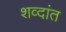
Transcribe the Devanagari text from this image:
शव्दांत